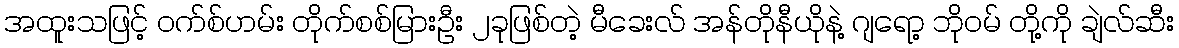
အထူးသဖြင့် ဝက်စ်ဟမ်း တိုက်စစ်မြားဦး ၂ခုဖြစ်တဲ့ မီခေးလ် အန်တိုနီယိုနဲ့ ဂျရော့ ဘိုဝမ် တို့ကို ချဲလ်ဆီး